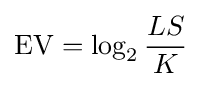
\mathrm {EV} =\log _{2}{\frac {LS}{K}}